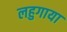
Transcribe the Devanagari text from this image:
लहुगाया